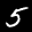
Label: 5